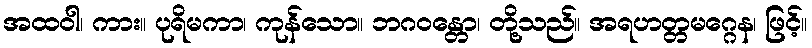
အထဝါ၊ ကား။ ပုရိမကာ၊ ကုန်သော။ ဘဂဝန္တော၊ တို့သည်။ အရဟတ္တမဂ္ဂေန၊ ဖြင့်။